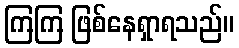
ကြကြ ဖြစ်နေရှာရသည်။